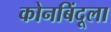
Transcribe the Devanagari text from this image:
कोनबिंदूला